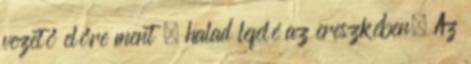
vezető előre ment , halad lefelé az ereszkében. Az